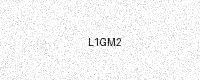
Text: L1GM2